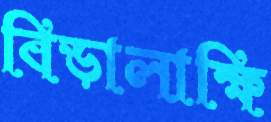
বিড়ালাক্ষি